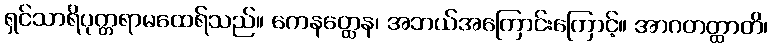
ရှင်သာရိပုတ္တရာမထေရ်သည်။ ကေနတ္ထေန၊ အဘယ်အကြောင်းကြောင့်။ အာဂတတ္ထာတိ၊